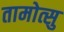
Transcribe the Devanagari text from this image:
तामोत्सु